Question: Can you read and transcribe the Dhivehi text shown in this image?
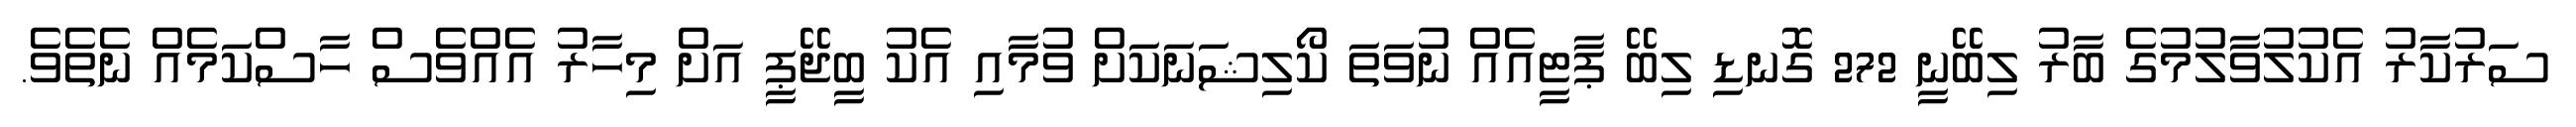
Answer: ސަރުކާރު އެކުލުވާލުމުގެ ބާރު ލިބޭނީ 272 ގޮނޑި ލިބޭ ޕާޓީއެއް ނުވަތަ ކޯލިޝަނަކަށް ވުމާއި އެކު ބީޖޭޕީ އަށް މިހާރު އެއްވެސް ހާސްކަމެއް ނެތެވެ.